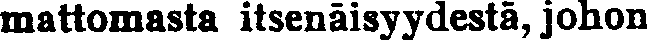
mattomasta itsenäisyydestä, johon